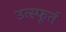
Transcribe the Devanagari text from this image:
उत्‍स्फूर्त